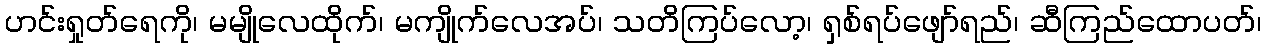
ဟင်းရှုတ်ရေကို၊ မမျိုလေထိုက်၊ မကျိုက်လေအပ်၊ သတိကြပ်လော့၊ ရှစ်ရပ်ဖျော်ရည်၊ ဆီကြည်ထောပတ်၊